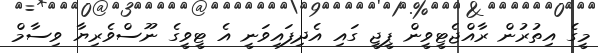
މީގެ އިތުރުން ރާއްޖެޓީވީން ޕީޖީ ގައި އެދިފައިވަނީ އެ ޓީވީގެ ނޫސްވެރިޔާ ވިސާމް